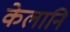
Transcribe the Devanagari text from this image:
केलानि